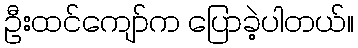
ဦးထင်ကျော်က ပြောခဲ့ပါတယ်။